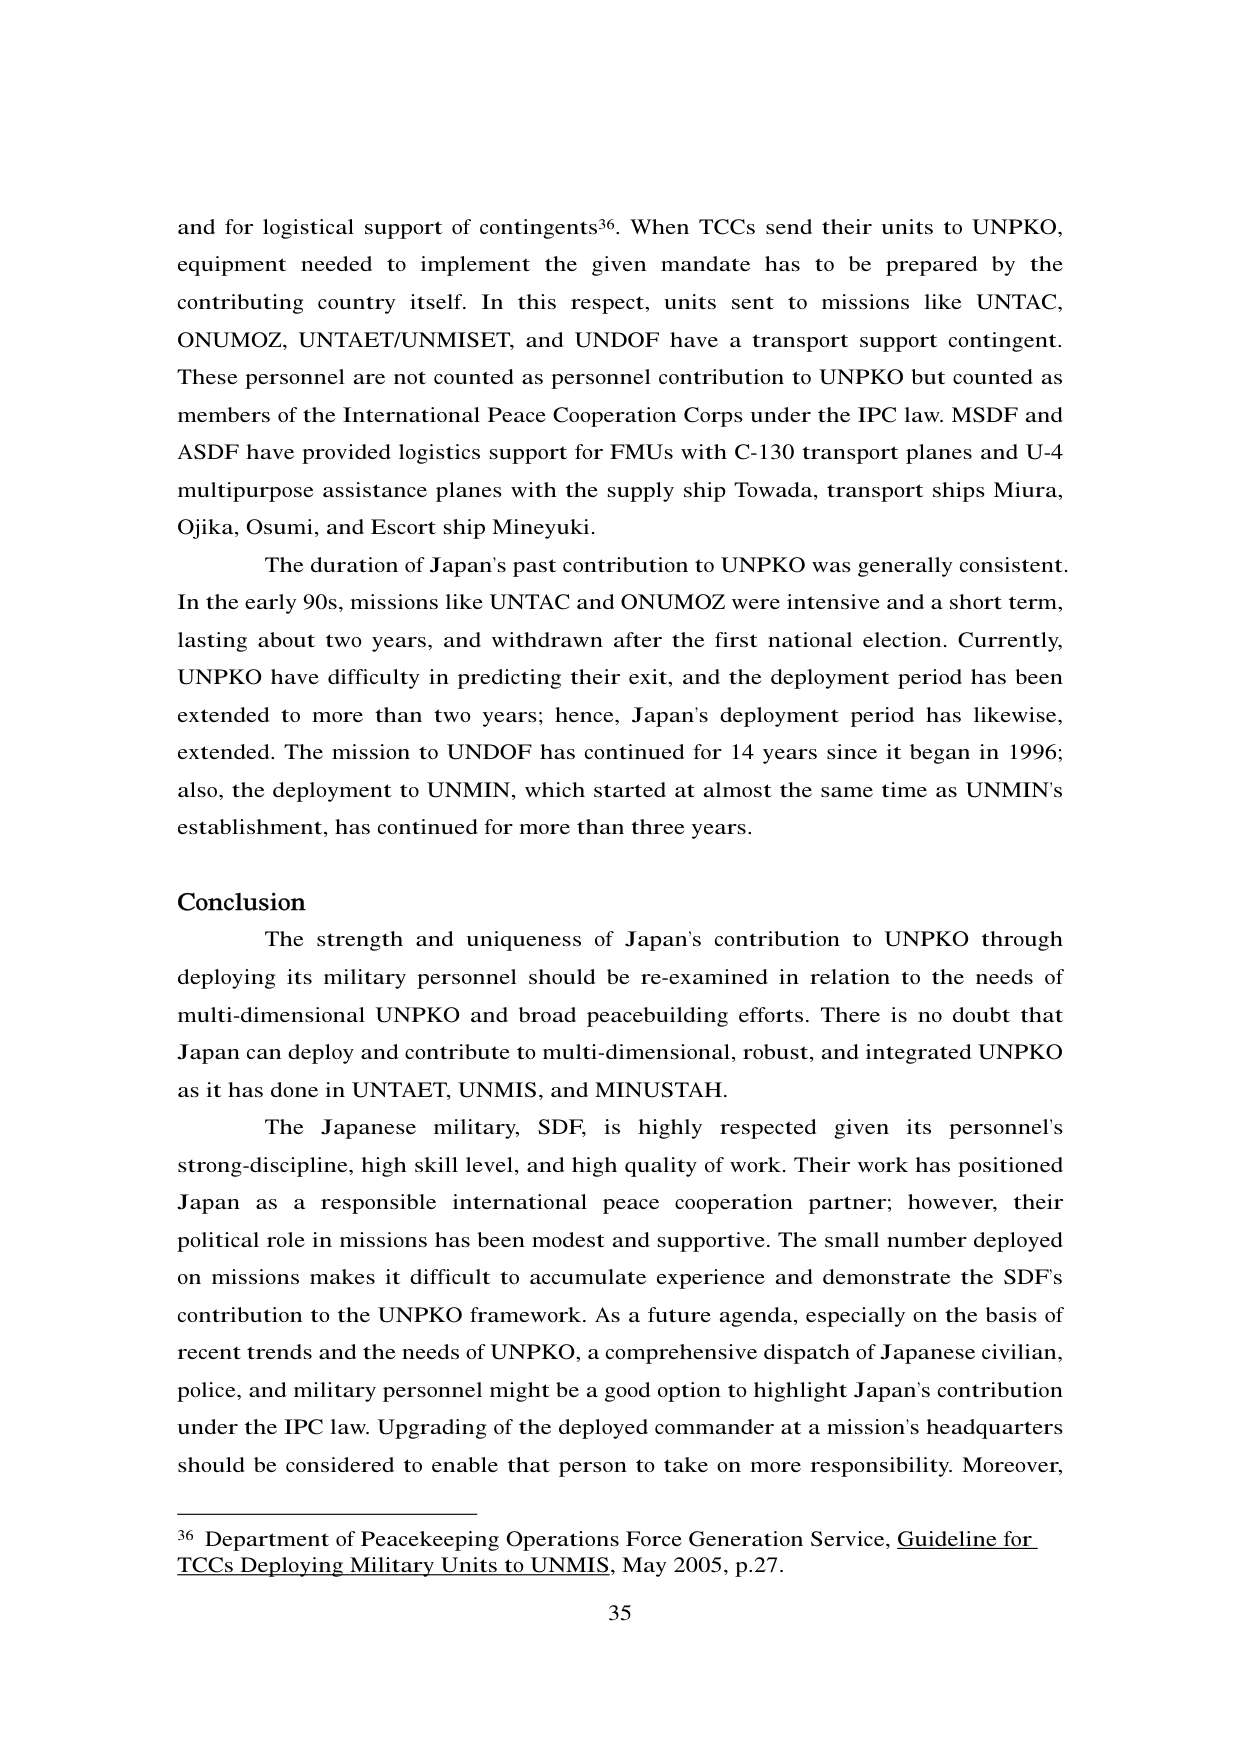
and for logistical support of contingents³⁶. When TCCs send their units to UNPKO, equipment needed to implement the given mandate has to be prepared by the contributing country itself. In this respect, units sent to missions like UNTAC, ONUMOZ, UNTAET/UNMISSET, and UNDOF have a transport support contingent. These personnel are not counted as personnel contribution to UNPKO but counted as members of the International Peace Cooperation Corps under the IPC law. MSDF and ASDF have provided logistics support for FMUs with C-130 transport planes and U-4 multipurpose assistance planes with the supply ship Towada, transport ships Miura, Ojika, Osumi, and Escort ship Mineyuki.

The duration of Japan's past contribution to UNPKO was generally consistent. In the early 90s, missions like UNTAC and ONUMOZ were intensive and a short term, lasting about two years, and withdrawn after the first national election. Currently, UNPKO have difficulty in predicting their exit, and the deployment period has been extended to more than two years; hence, Japan's deployment period has likewise, extended. The mission to UNDOF has continued for 14 years since it began in 1996; also, the deployment to UNMIN, which started at almost the same time as UNMIN's establishment, has continued for more than three years.

Conclusion

The strength and uniqueness of Japan's contribution to UNPKO through deploying its military personnel should be re-examined in relation to the needs of multi-dimensional UNPKO and broad peacebuilding efforts. There is no doubt that Japan can deploy and contribute to multi-dimensional, robust, and integrated UNPKO as it has done in UNTAET, UNMIS, and MINUSTAH.

The Japanese military, SDF, is highly respected given its personnel's strong-discipline, high skill level, and high quality of work. Their work has positioned Japan as a responsible international peace cooperation partner; however, their political role in missions has been modest and supportive. The small number deployed on missions makes it difficult to accumulate experience and demonstrate the SDF's contribution to the UNPKO framework. As a future agenda, especially on the basis of recent trends and the needs of UNPKO, a comprehensive dispatch of Japanese civilian, police, and military personnel might be a good option to highlight Japan's contribution under the IPC law. Upgrading of the deployed commander at a mission's headquarters should be considered to enable that person to take on more responsibility. Moreover,

³⁶ Department of Peacekeeping Operations Force Generation Service, Guideline for TCCs Deploying Military Units to UNMIS, May 2005, p.27.

35